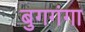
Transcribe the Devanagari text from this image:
बुगगंगा